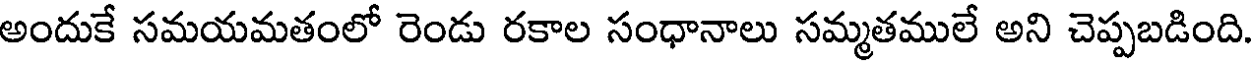
అందుకే సమయమతంలో రెండు రకాల సంధానాలు సమ్మతములే అని చెప్పబడింది